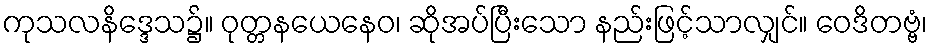
ကုသလနိဒ္ဒေသ၌။ ဝုတ္တနယေနေဝ၊ ဆိုအပ်ပြီးသော နည်းဖြင့်သာလျှင်။ ဝေဒိတဗ္ဗံ၊